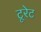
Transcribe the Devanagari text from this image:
टूरेट